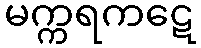
မက္ကရကဋေ